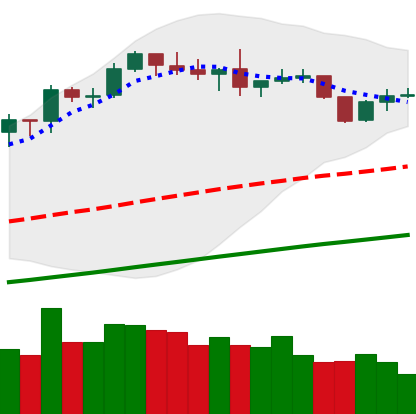
Ticker: BNB-USD
Chart end date: 2019-06-07
Forward return: 9.811%
Label: up_7plus